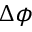
\Delta \phi